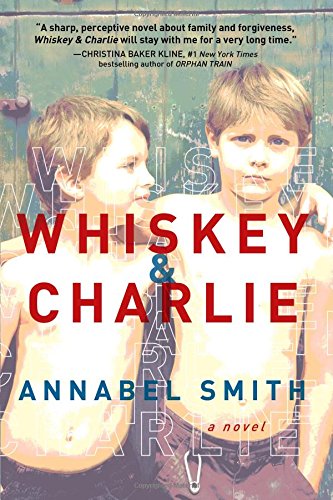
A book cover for Whiskey and Charlie; Annabel Smith; Literature & Fiction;